Source: Handwritten
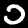
Digit: ၁ (1)